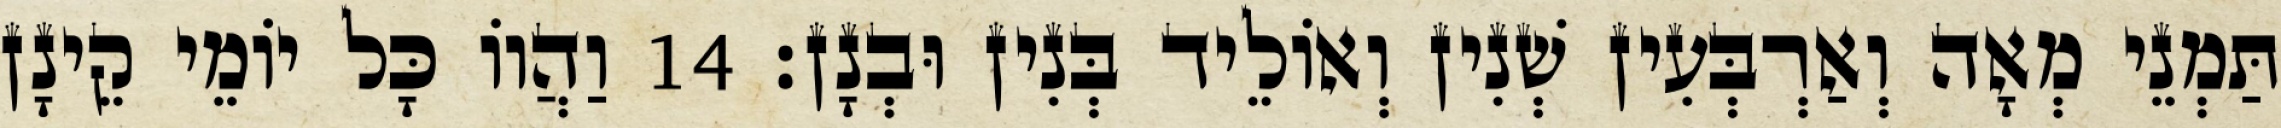
תַּמְנֵי מְאָה וְאַרְבְּעִין שְׁנִין וְאוֹלֵיד בְּנִין וּבְנָן׃ 14 וַהֲווֹ כָּל יוֹמֵי קֵינָן